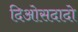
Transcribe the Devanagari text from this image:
दिओसदादो